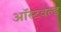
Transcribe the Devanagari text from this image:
ऑस्टवल्ड